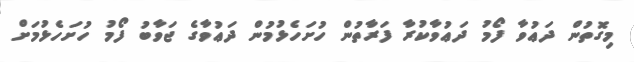
މިގޮތުން ދަޢުވާ ފޯމު ދަޢުވާކުރާ ފަރާތުން ހުށަހެޅުމުން ދަޢުވާގެ ޖަވާބު ފޯމު ހުށަހެޅުމަށް